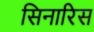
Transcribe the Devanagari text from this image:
सिनारिस